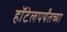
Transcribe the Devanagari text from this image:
हॉटेलपर्यंतच्या